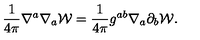
\frac { 1 } { 4 \pi } \nabla ^ { a } \nabla _ { a } { \cal W } = \frac { 1 } { 4 \pi } g ^ { a b } \nabla _ { a } \partial _ { b } { \cal W } .